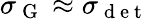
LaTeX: \sigma_{\mathrm{~G~}}\approx\sigma_{\mathrm{~d~e~t~}}